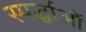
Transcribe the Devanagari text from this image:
स्पर्द्धाओं